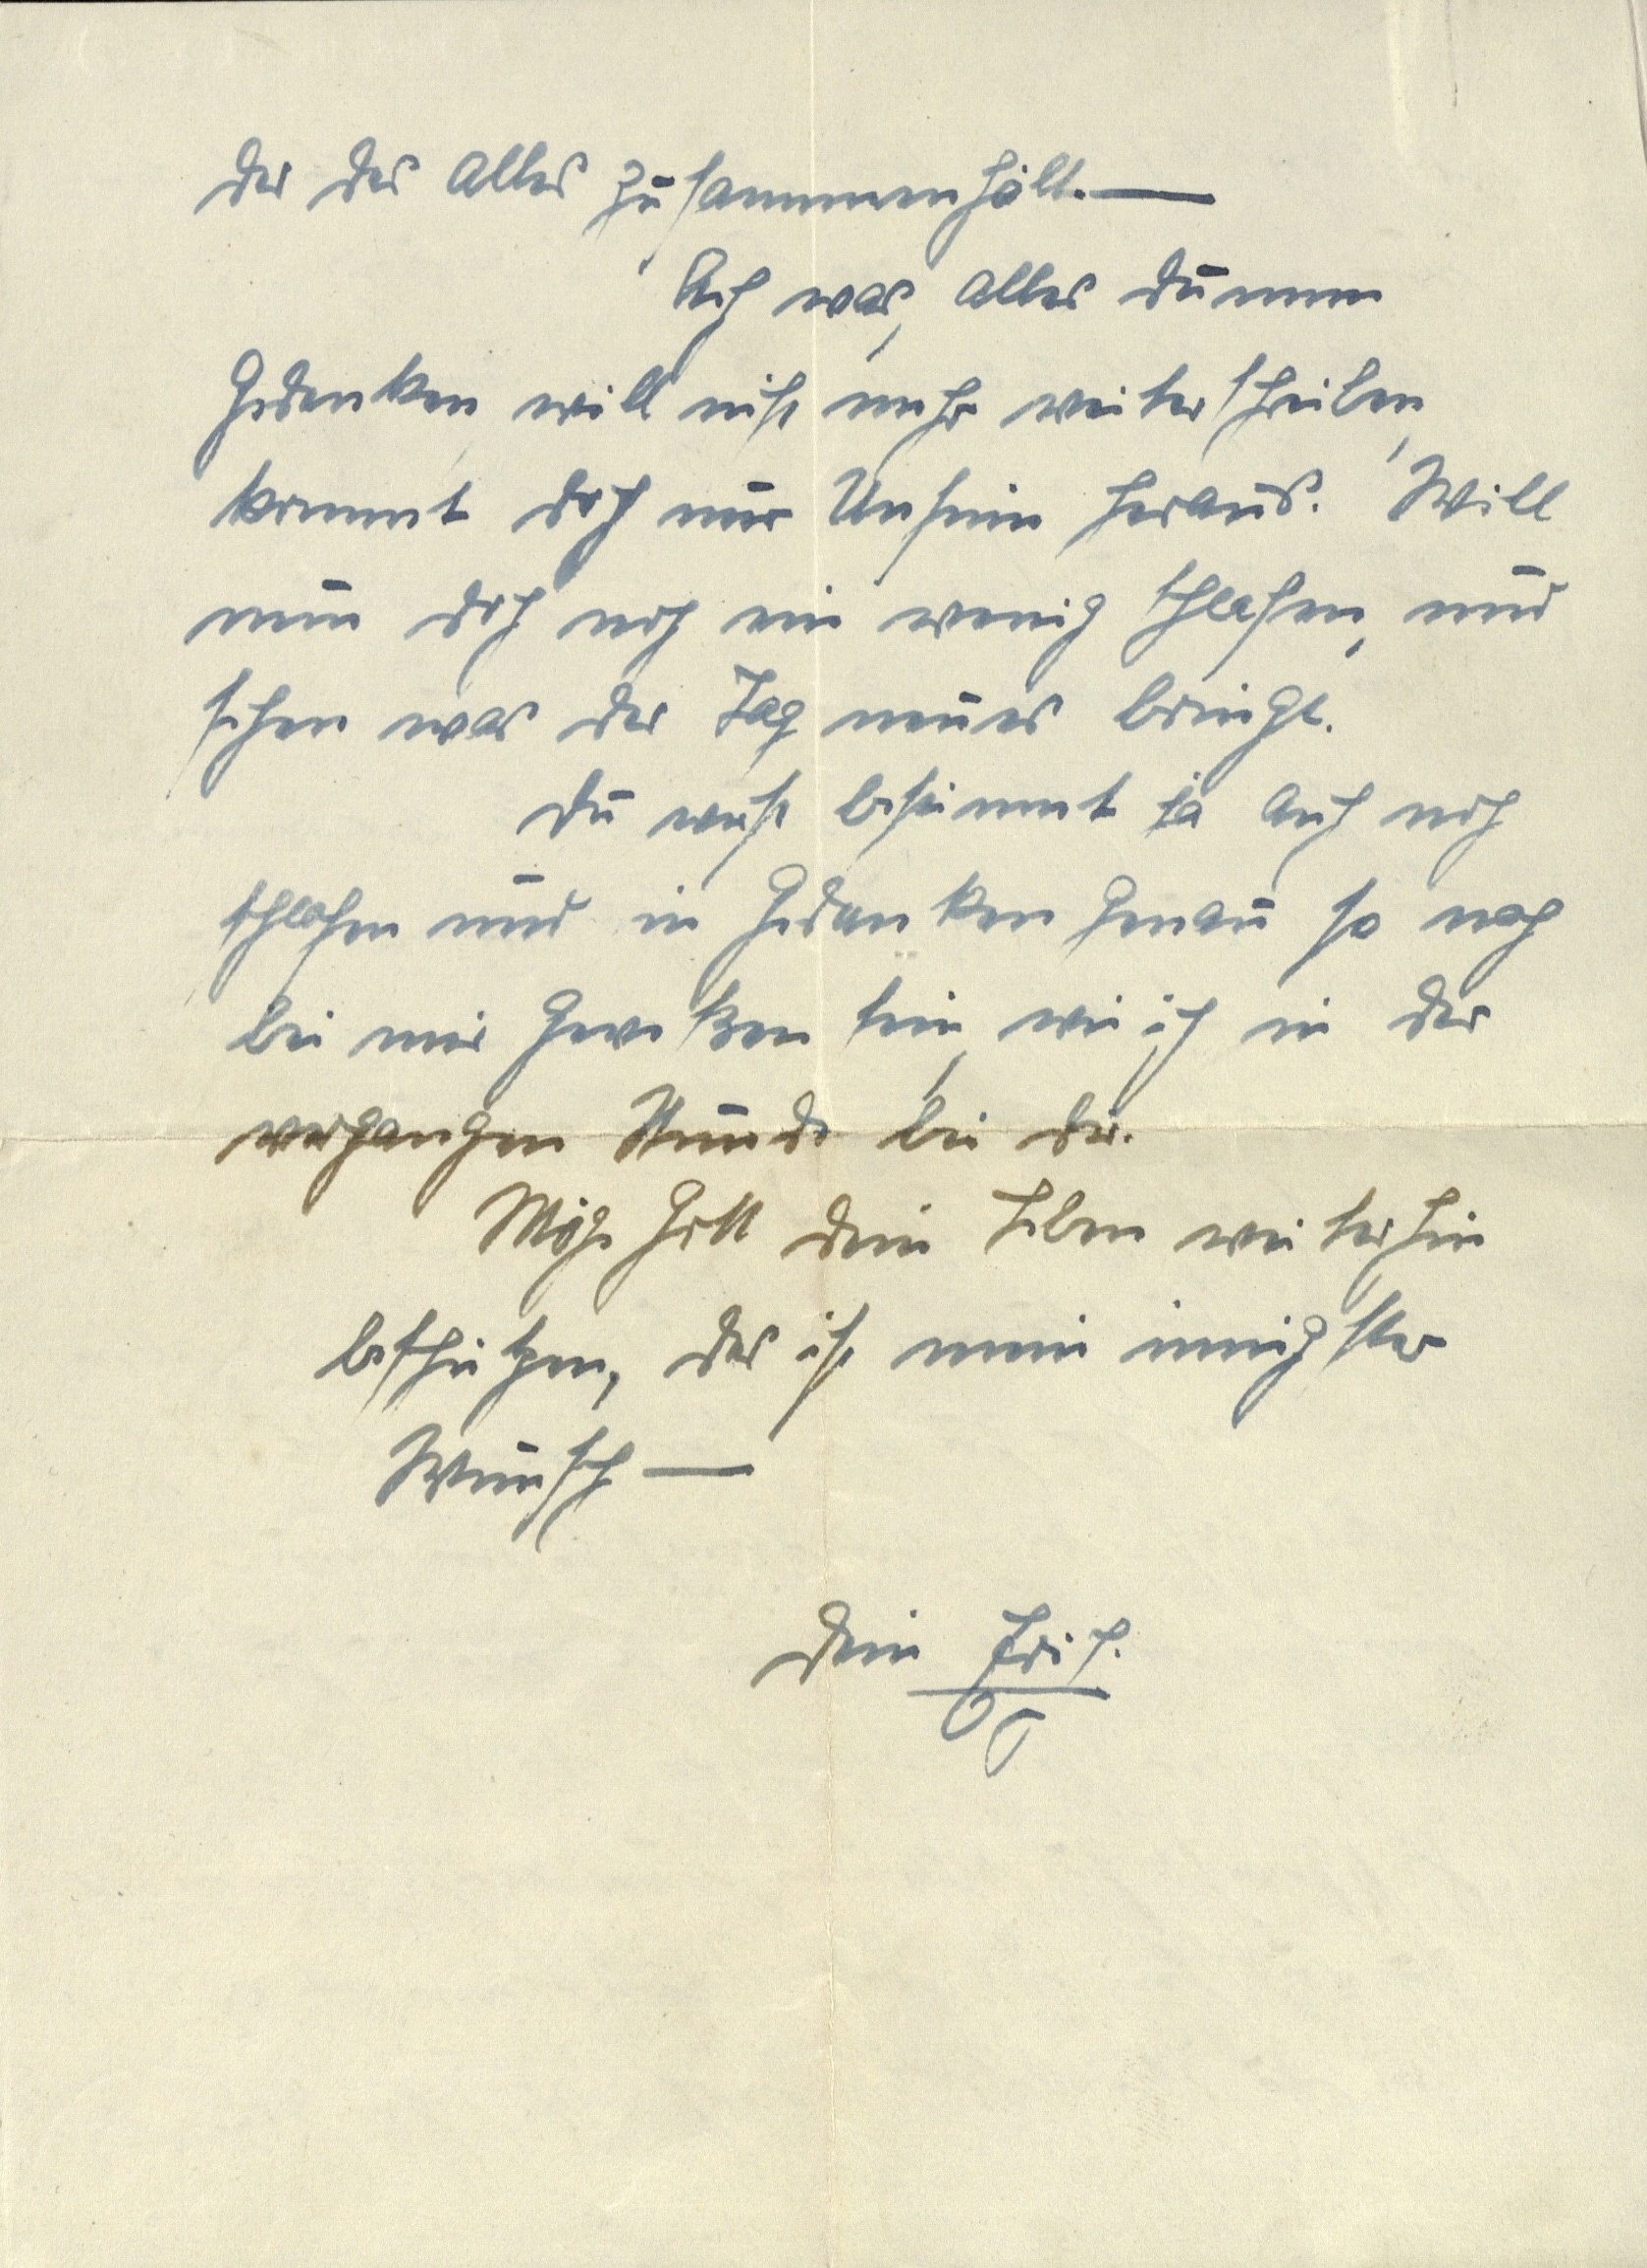
der das alles zusammenhält. —
Ach was, alles dumme
Gedanken, will nicht mehr weiter schreiben,
kommt doch nur Unsinn heraus. Will
nun doch noch ein wenig schlafen, und
sehen was der Tag neues bringt.
Du wirst bestimmt ja auch noch
schlafen und in Gedanken genau so noch
bei mir gewesen sein, wie ich in der
vergangen Stunde bei dir.
Möge Gott dein Leben weiterhin
beschützen, das ist  mein innigster
Wunsch —
Dein Erich.